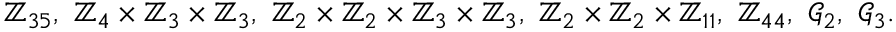
\mathbb { Z } _ { 3 5 } , \ \mathbb { Z } _ { 4 } \times \mathbb { Z } _ { 3 } \times \mathbb { Z } _ { 3 } , \ \mathbb { Z } _ { 2 } \times \mathbb { Z } _ { 2 } \times \mathbb { Z } _ { 3 } \times \mathbb { Z } _ { 3 } , \ \mathbb { Z } _ { 2 } \times \mathbb { Z } _ { 2 } \times \mathbb { Z } _ { 1 1 } , \ \mathbb { Z } _ { 4 4 } , \ \mathcal { G } _ { 2 } , \ \mathcal { G } _ { 3 } .